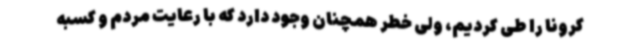
کرونا را طی کردیم، ولی خطر همچنان وجود دارد که با رعایت مردم و کسبه